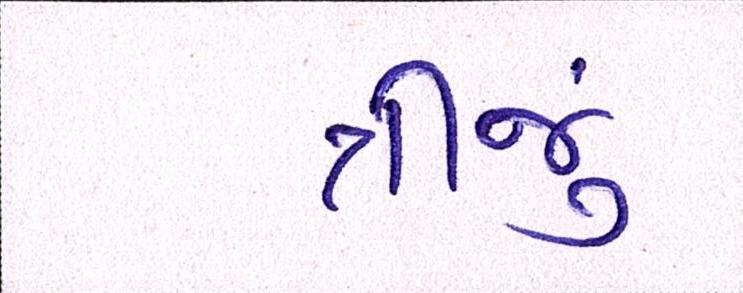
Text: ત્રીજું